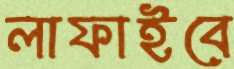
লাফাইবে